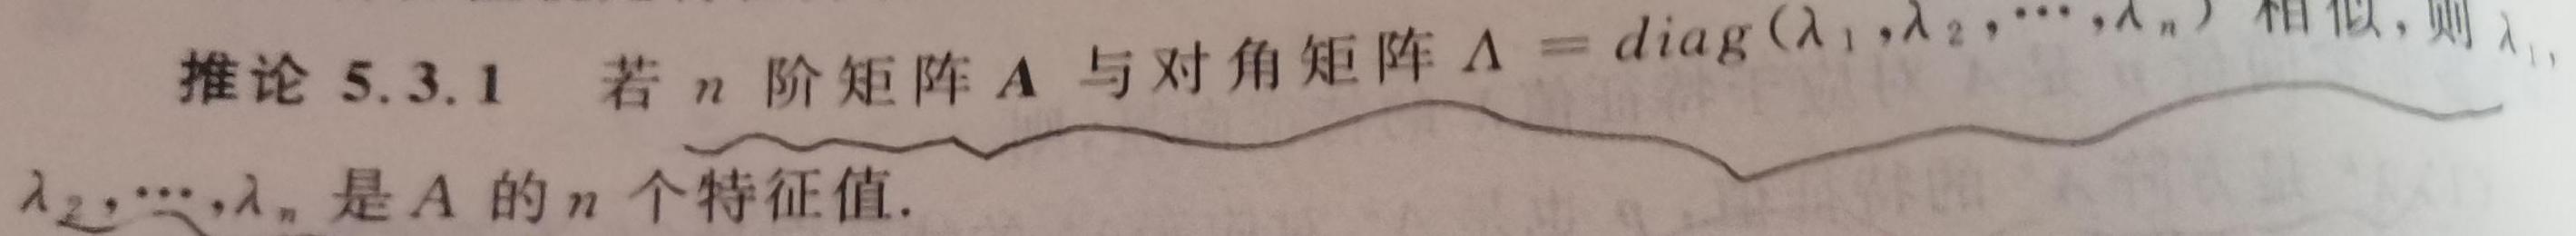
推论 5.3.1 若 $n$ 阶矩阵 $\boldsymbol{A}$ 与对角矩阵 $\boldsymbol{\Lambda} = \mathrm{diag}(\lambda_1,\lambda_2,\cdots,\lambda_n)$ 相似，则 $\lambda_1,\lambda_2,\cdots,\lambda_n$ 是 $\boldsymbol{A}$ 的 $n$ 个特征值.